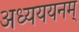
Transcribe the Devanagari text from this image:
अध्यययनम्